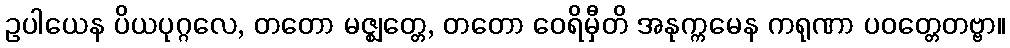
ဥပါယေန ပိယပုဂ္ဂလေ, တတော မဇ္ဈတ္တေ, တတော ဝေရိမှီတိ အနုက္ကမေန ကရုဏာ ပဝတ္တေတဗ္ဗာ။